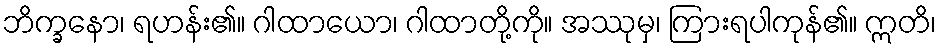
ဘိက္ခနော၊ ရဟန်း၏။ ဂါထာယော၊ ဂါထာတို့ကို။ အဿုမှ၊ ကြားရပါကုန်၏။ ဣတိ၊